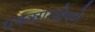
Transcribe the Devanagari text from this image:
एकसारखेपणे